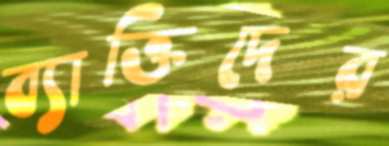
ব্যাক্তিদের